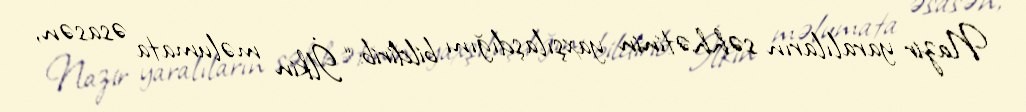
Nazir yaralıların səhhətinin yaxşılaşdığını bildirib: “İlkin məlumata əsasən,